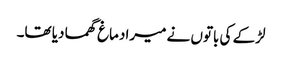
لڑکے کی باتوں نے میرا دماغ گھما دیا تھا۔